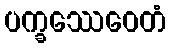
ပက္ခဿေဝေတံ